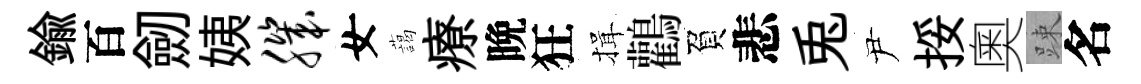
鍮百劒姨肌女藹療晩狂揖鸛負悲兎尹挼奧踈名